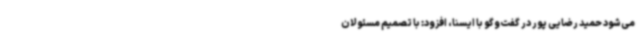
می‌شود حمید رضایی پور در گفت‌وگو با ایسنا، افزود: با تصمیم مسئولان